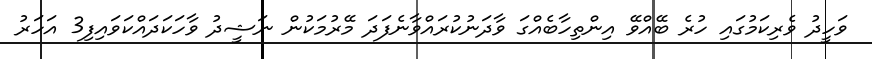
ވަހީދު ވެރިކަމުގައި ހުރެ ބޭއްވޭ އިންތިހާބެއްގަ ވާދަނުކުރައްވާނެފަދަ މޭރުމަކުން ނަޝީދު ވާހަކަދައްކަވައިފި3 އަހަރު